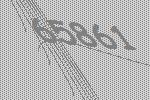
65861